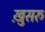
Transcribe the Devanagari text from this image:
ख़ुसरु